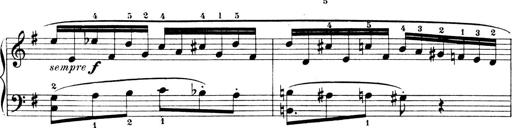
Title: 4 Sonatines
Composer: Max Reger